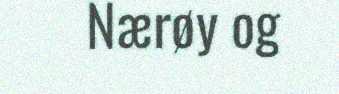
Nærøy og